Report on the metropolitan horse fairs and district horse shows of 1892-93 - 1892-1893
Year: 1892
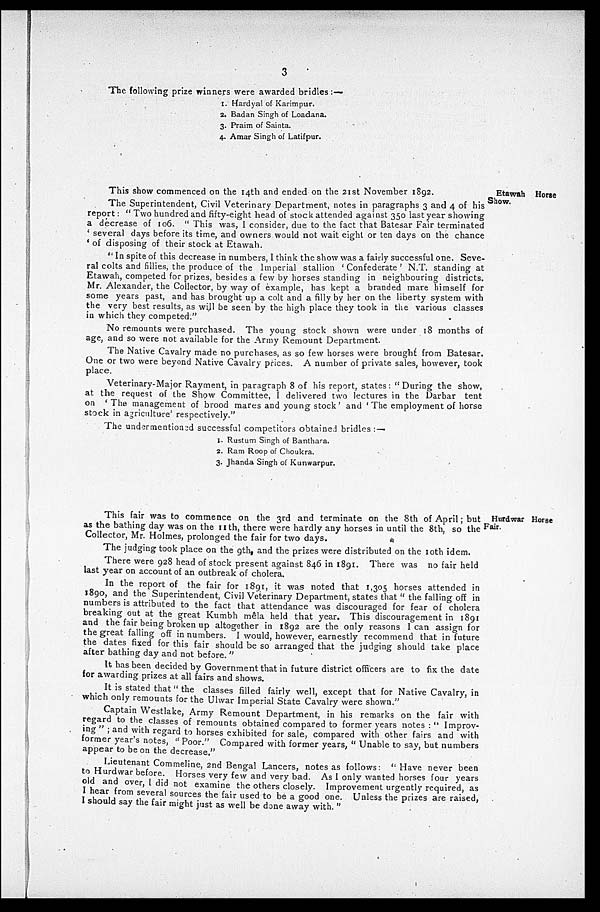
3
The following prize winners were awarded bridles :—
1. Hardyal of Karimpur.
2. Badan Singh of Loadana.
3. Praim of Sainta.
4. Amar Singh of Latifpur.
Etawah Horse
Show.
This show commenced on the 14th and ended on the 21st November 1892.
The Superintendent, Civil Veterinary Department, notes in paragraphs 3 and 4 of his
report: " Two hundred and fifty-eight head of stock attended against 350 last year showing
a decrease of 106. " This was, I consider, due to the fact that Batesar Fair terminated
'several days before its time, and owners would not wait eight or ten days on the chance
'of disposing of their stock at Etawah.
"In spite of this decrease in numbers, I think the show was a fairly successful one. Seve-
ral colts and fillies, the produce of the Imperial stallion 'Confederate' N.T. standing at
Etawah, competed for prizes, besides a few by horses standing in neighbouring districts.
Mr. Alexander, the Collector, by way of example, has kept a branded mare himself for
some years past, and has brought up a colt and a filly by her on the liberty system with
the very best results, as will be seen by the high place they took in the various classes
in which they competed."
No remounts were purchased. The young stock shown were under 18 months of
age, and so were not available for the Army Remount Department.
The Native Cavalry made no purchases, as so few horses were brought from Batesar.
One or two were beyond Native Cavalry prices. A number of private sales, however, took
place.
Veterinary-Major Rayment, in paragraph 8 of his report, states: " During the show,
at the request of the Show Committee, I delivered two lectures in the Darbar tent
on 'The management of brood mares and young stock' and 'The employment of horse
stock in agriculture' respectively."
The undermentioned successful competitors obtained bridles :—
1. Rustum Singh of Banthara.
2. Ram Roop of Choukra.
3. Jhanda Singh of Kunwarpur.
Hurdwar Horse
Fair.
This fair was to commence on the 3rd and terminate on the 8th of April; but
as the bathing day was on the 11th, there were hardly any horses in until the 8th, so the
Collector, Mr. Holmes, prolonged the fair for two days.
The judging took place on the 9th, and the prizes were distributed on the 10th idem.
There were 928 head of stock present against 846 in 1891. There was no fair held
last year on account of an outbreak of cholera.
In the report of the fair for 1891, it was noted that 1,305 horses attended in
1890 and the Superintendent, Civil Veterinary Department, states that " the falling off in
numbers is attributed to the fact that attendance was discouraged for fear of cholera
breaking out at the great Kumbh mêla held that year. This discouragement in 1891
and the fair being broken up altogether in 1892 are the only reasons I can assign for
the great falling off in numbers. I would, however, earnestly recommend that in future
the dates fixed for this fair should be so arranged that the judging should take place
after bathing day and not before. "
It has been decided by Government that in future district officers are to fix the date
for awarding prizes at all fairs and shows.
It is stated that " the classes filled fairly well, except that for Native Cavalry, in
which only remounts for the Ulwar Imperial State Cavalry were shown. "
Captain Westlake, Army Remount Department, in his remarks on the fair with
regard to the classes of remounts obtained compared to former years notes: "Improv-
ing"; and with regard to horses exhibited for sale, compared with other fairs and with
former year's notes, " Poor." Compared with former years, " Unable to say, but numbers
appear to be on the decrease."
Lieutenant Commeline, 2nd Bengal Lancers, notes as follows: " Have never been
to Hurdwar before. Horses very few and very bad. As I only wanted horses four years
old and over, I did not examine the others closely. Improvement urgently required, as
I hear from several sources the fair used to be a good one. Unless the prizes are raised,
I should say the fair might just as well be done away with."